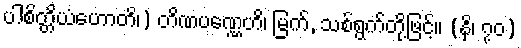
ပါစိတ္တိယံဟောတိ၊) တိဏပဏ္ဏေဟိ၊ မြက်, သစ်ရွက်တို့ဖြင့်။ (နိ၊ ၇၀)